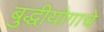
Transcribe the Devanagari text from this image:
बुद्धीयोगाचे